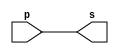
// ----------------------------------------------------
// Exemplo0001 - buffer
// Nome: Dbora Deslandes de Almeida
// ----------------------------------------------------
//
// ----------------------------------------------------
// -- buffer
// ----------------------------------------------------
	module buffer (output s, input p);
		assign s = p; //vinculo permanente (dependencia)
	endmodule // buffer
//	
// ----------------------------------------------------
// -- testbuffer
// ----------------------------------------------------
	module testbuffer;
		// --------------------------------- dados locais
		reg a; //registrador (independente)
		wire s; //conexao -> fio 
				  // (variavel dependente
		// ------------------------------------ instancia
		buffer banana (s,a);
		// ----------------------------------- preparacao
		initial begin: start
			a = 0; //valor inicial
		end
		// ------------------------------ parte principal
		initial begin: main
			//execuao unitaria(imprime somente uma vez)
			$display ("\nExemplo 001 - Debora Deslandes de Almeida Batista");
			$display ("\nMatricula: 451549");
			$display ("\nTeste buffer");
			$display ("\n\t\t\tTime\ta = s");
			//execucao permanete - imprime sempre que mudar o valor da entrada ou da saida
			$monitor ("\n\t%d\t%b = %b" , $time,a,s);
				//apos x unidades de tempo
				#1 a = 1;
				#2 a = 0;
		end
	endmodule // testbuffer